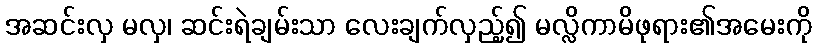
အဆင်းလှ မလှ၊ ဆင်းရဲချမ်းသာ လေးချက်လှည့်၍ မလ္လိကာမိဖုရား၏အမေးကို